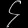
Digit: ၄